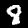
Label: 8